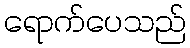
ရောက်ပေသည်